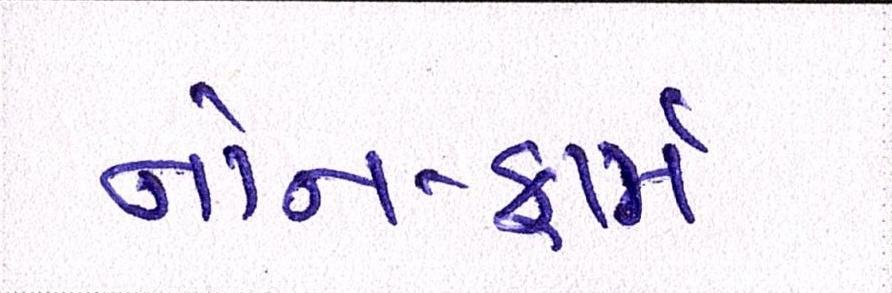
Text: નોન-ફાર્મ